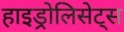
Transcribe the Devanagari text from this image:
हाइड्रोलिसेट्स